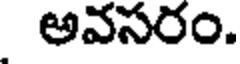
అవసరం.